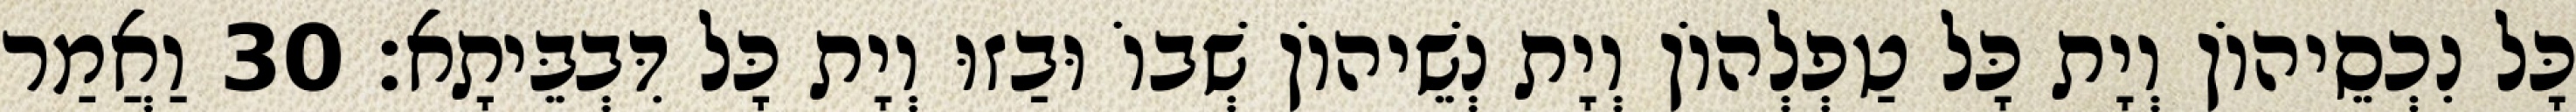
כָּל נִכְסֵיהוֹן וְיָת כָּל טַפְלְהוֹן וְיָת נְשֵׁיהוֹן שְׁבוֹ וּבַזוּ וְיָת כָּל דִּבְבֵּיתָא׃ 30 וַאֲמַר